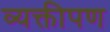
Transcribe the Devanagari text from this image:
व्यक्तीपण